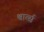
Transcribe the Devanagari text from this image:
श्वार्त्स